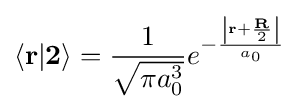
\left\langle \mathbf {r} |\mathbf {2} \right\rangle ={\frac {1}{\sqrt {\pi a_{0}^{3}}}}{{e}^{-{\frac {\left|\mathbf {r} +{\frac {\mathbf {R} }{2}}\right|}{{a}_{0}}}}}